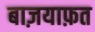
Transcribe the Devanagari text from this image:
बाज़याफ़त